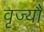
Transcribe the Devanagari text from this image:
वृज्यौ